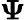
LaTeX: \boldsymbol{\Psi}